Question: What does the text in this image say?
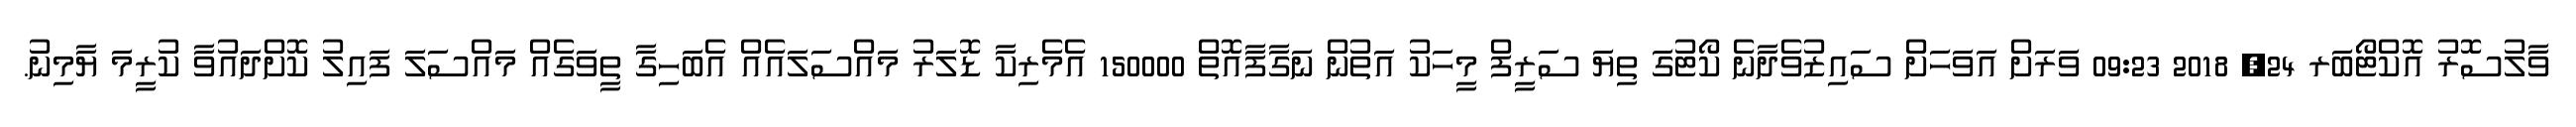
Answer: ވާލުސޮރު އޮކްޓޯބަރ 24, 2018 09:23 ވަރަށް އަވަހަށް ސައިޒުވެދާނެ ކޯޓުގަ ތިޔަ ސަރީފް މީހަކު އަތުން ނަގާފާއޮތް 150000 އެމެރިކާ ޑޮލަރު މައްސަލައެއް އެބަހިގާ ތީވަގެއް މައްސަލަ ފައިލު ކޮށްދައުވާ ކުރީމަ ޔާމިނު.